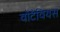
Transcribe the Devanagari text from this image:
वोंटैवियस